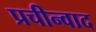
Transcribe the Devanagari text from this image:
प्रचीन्वाद